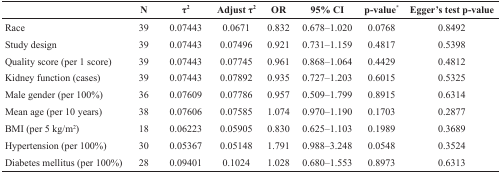
<table><thead><tr><td></td><td><b>N</b></td><td><b>τ<sup>2</sup></b></td><td><b>Adjust τ<sup>2</sup></b></td><td><b>OR</b></td><td><b>95% CI</b></td><td><b>p-value<sup>*</sup></b></td><td><b>Egger&#x27;s test p-value</b></td></tr></thead><tbody><tr><td>Race</td><td>39</td><td>0.07443</td><td>0.0671</td><td>0.832</td><td>0.678–1.020</td><td>0.0768</td><td>0.8492</td></tr><tr><td>Study design</td><td>39</td><td>0.07443</td><td>0.07496</td><td>0.921</td><td>0.731–1.159</td><td>0.4817</td><td>0.5398</td></tr><tr><td>Quality score (per 1 score)</td><td>39</td><td>0.07443</td><td>0.07745</td><td>0.961</td><td>0.868–1.064</td><td>0.4429</td><td>0.4812</td></tr><tr><td>Kidney function (cases)</td><td>39</td><td>0.07443</td><td>0.07892</td><td>0.935</td><td>0.727–1.203</td><td>0.6015</td><td>0.5325</td></tr><tr><td>Male gender (per 100%)</td><td>36</td><td>0.07609</td><td>0.07786</td><td>0.957</td><td>0.509–1.799</td><td>0.8915</td><td>0.6314</td></tr><tr><td>Mean age (per 10 years)</td><td>38</td><td>0.07606</td><td>0.07585</td><td>1.074</td><td>0.970–1.190</td><td>0.1703</td><td>0.2877</td></tr><tr><td>BMI (per 5 kg/m<sup>2</sup>)</td><td>18</td><td>0.06223</td><td>0.05905</td><td>0.830</td><td>0.625–1.103</td><td>0.1989</td><td>0.3689</td></tr><tr><td>Hypertension (per 100%)</td><td>30</td><td>0.05367</td><td>0.05148</td><td>1.791</td><td>0.988–3.248</td><td>0.0548</td><td>0.3524</td></tr><tr><td>Diabetes mellitus (per 100%)</td><td>28</td><td>0.09401</td><td>0.1024</td><td>1.028</td><td>0.680–1.553</td><td>0.8973</td><td>0.6313</td></tr></tbody></table>